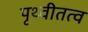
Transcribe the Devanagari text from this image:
पृथ्वीतत्व